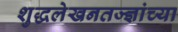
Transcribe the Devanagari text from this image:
शुद्धलेखनतज्ज्ञांच्या